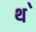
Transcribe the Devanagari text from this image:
थ॓